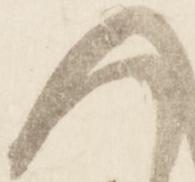
へ